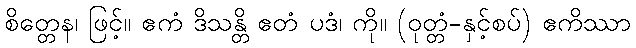
စိတ္တေန၊ ဖြင့်။ ဧကံ ဒိသန္တိ ဧတံ ပဒံ၊ ကို။ (ဝုတ္တံ-နှင့်စပ်) ဧကိဿာ